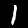
Digit: 1